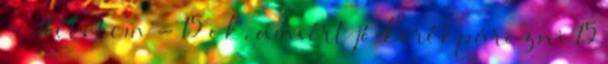
- #életem - 15 ok, amiért jó kerékpározni 15